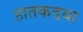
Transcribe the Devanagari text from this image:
हातकडया